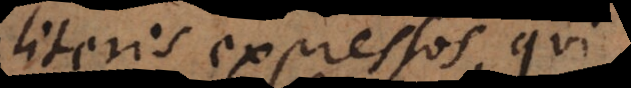
literis expressos, qui